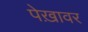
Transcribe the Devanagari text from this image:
पेख़ावर